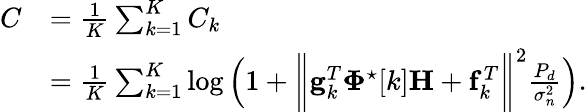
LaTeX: \begin{array}{rl}{C}&{=\frac{1}{K}\sum_{k=1}^{K}C_{k}}\\ &{=\frac{1}{K}\sum_{k=1}^{K}\log\left(1+\biggl\| \mathbf{g}_{k}^{T}\boldsymbol{\Phi}^{\star}[k]\mathbf{H}+\mathbf{f}_{k}^{T}\biggr\| ^{2}\frac{P_{d}}{\sigma_{n}^{2}}\right).}\end{array}